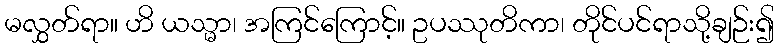
မလွှတ်ရာ။ ဟိ ယသ္မာ၊ အကြင်ကြောင့်။ ဥပဿုတိကာ၊ တိုင်ပင်ရာသို့ချဉ်း၍